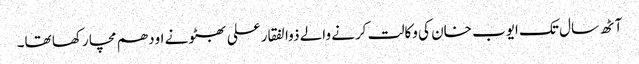
آٹھ سال تک ایوب خان کی وکالت کرنے والے ذوالفقار علی بھٹو نے اودھم مچا رکھا تھا۔